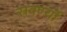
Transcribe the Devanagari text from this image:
स्रवर्ण्यो